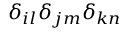
\delta _ { i l } \delta _ { j m } \delta _ { k n }